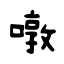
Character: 噋